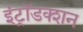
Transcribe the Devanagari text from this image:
इंट्रॉडक्शन